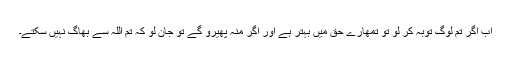
اب اگر تم لوگ توبہ کر لو تو تمھارے حق میں بہتر ہے اور اگر منہ پھیرو گے تو جان لو کہ تم اللہ سے بھاگ نہیں سکتے۔